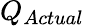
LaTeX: Q_{Actual}\,